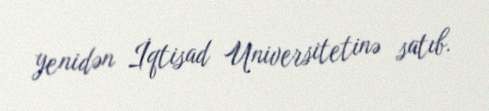
yenidən İqtisad Universitetinə satıb.